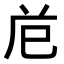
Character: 𭘊